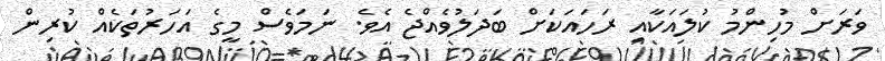
ވަރަށް މުހިންމު ކުލައަކާއި ރަހައަކަށް ބަދަލުވެއްޖެ އެވެ. ނަމަވެސް މީގެ އަހަރުތަކެއް ކުރިން